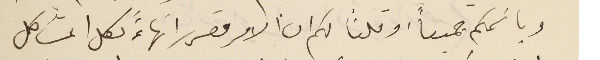
وباسَمكم جميعاً، وقلنا لكم ان الامر مقرر انهاءًَ لكل المشاكل